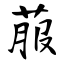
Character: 菔